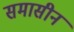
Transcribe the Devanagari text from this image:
समासीनं